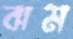
ঝম